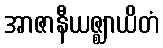
အာဇာနီယဇ္ဈာယိတံ